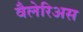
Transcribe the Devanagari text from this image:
वैलेरिअस